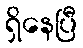
ရှိနေပြီ